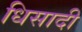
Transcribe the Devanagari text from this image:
धिसादी